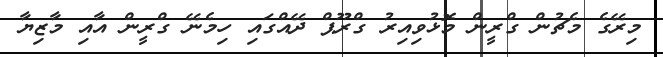
މިރޭގެ މެޗުން ގްރީން މޮޅުވިއިރު ގްރޫޕް ދޭއްގައި ހިމެނޭ ގްރީން އާއި މާޒިޔާ